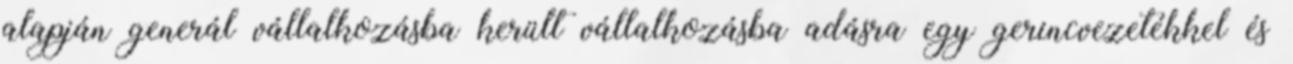
alapján generál vállalkozásba került vállalkozásba adásra egy gerincvezetékkel és